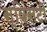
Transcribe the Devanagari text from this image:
स्विंसटी